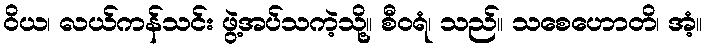
ဝိယ၊ လယ်ကန်သင်း ဖွဲ့အပ်သကဲ့သို့။ စီဝရံ၊ သည်။ သစေဟောတိ၊ အံ့။